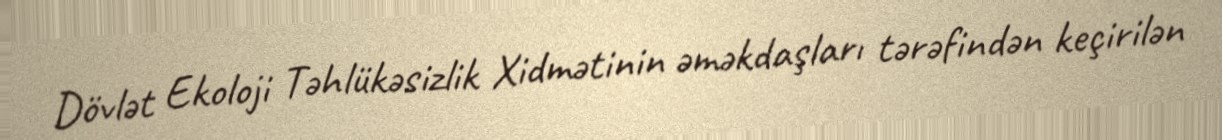
Dövlət Ekoloji Təhlükəsizlik Xidmətinin əməkdaşları tərəfindən keçirilən